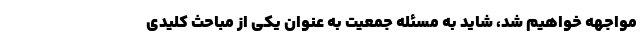
مواجهه خواهیم شد، شاید به مسئله جمعیت به عنوان یکی از مباحث کلیدی